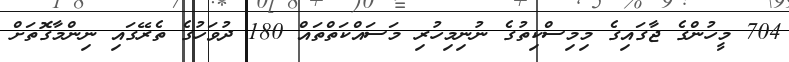
704 މީހުންގެ ޖާގައިގެ މިމިސްކިތުގެ ނުނިމިހުރި މަސައްކަތްތައް 180 ދުވަަހުގެ ތެރޭގައި ނިންމާގޮތަށް